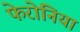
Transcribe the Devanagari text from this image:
फेरोनिया